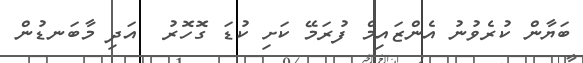
ބަޔާން ކުރެވުނު އެންޒައިމް ފުރަމޭ ކަށި ކުޑަ ގޮހޮރު  އަދި މާބަނޑުން